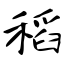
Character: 稻